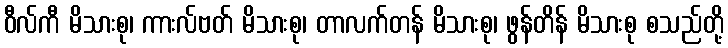
ဝီလ်ကီ မိသားစု၊ ကားလ်ဗတ် မိသားစု၊ တာလက်တန် မိသားစု၊ ဖွန်တိန် မိသားစု စသည်တို့